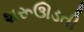
શરૂઊડતી